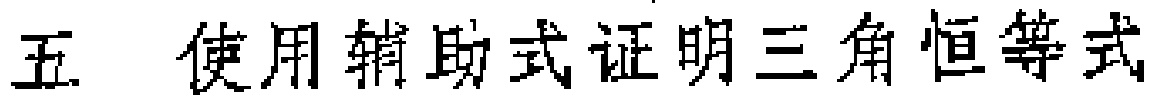
五 使用辅助式证明三角恒等式